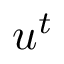
u ^ { t }